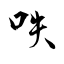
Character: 呹